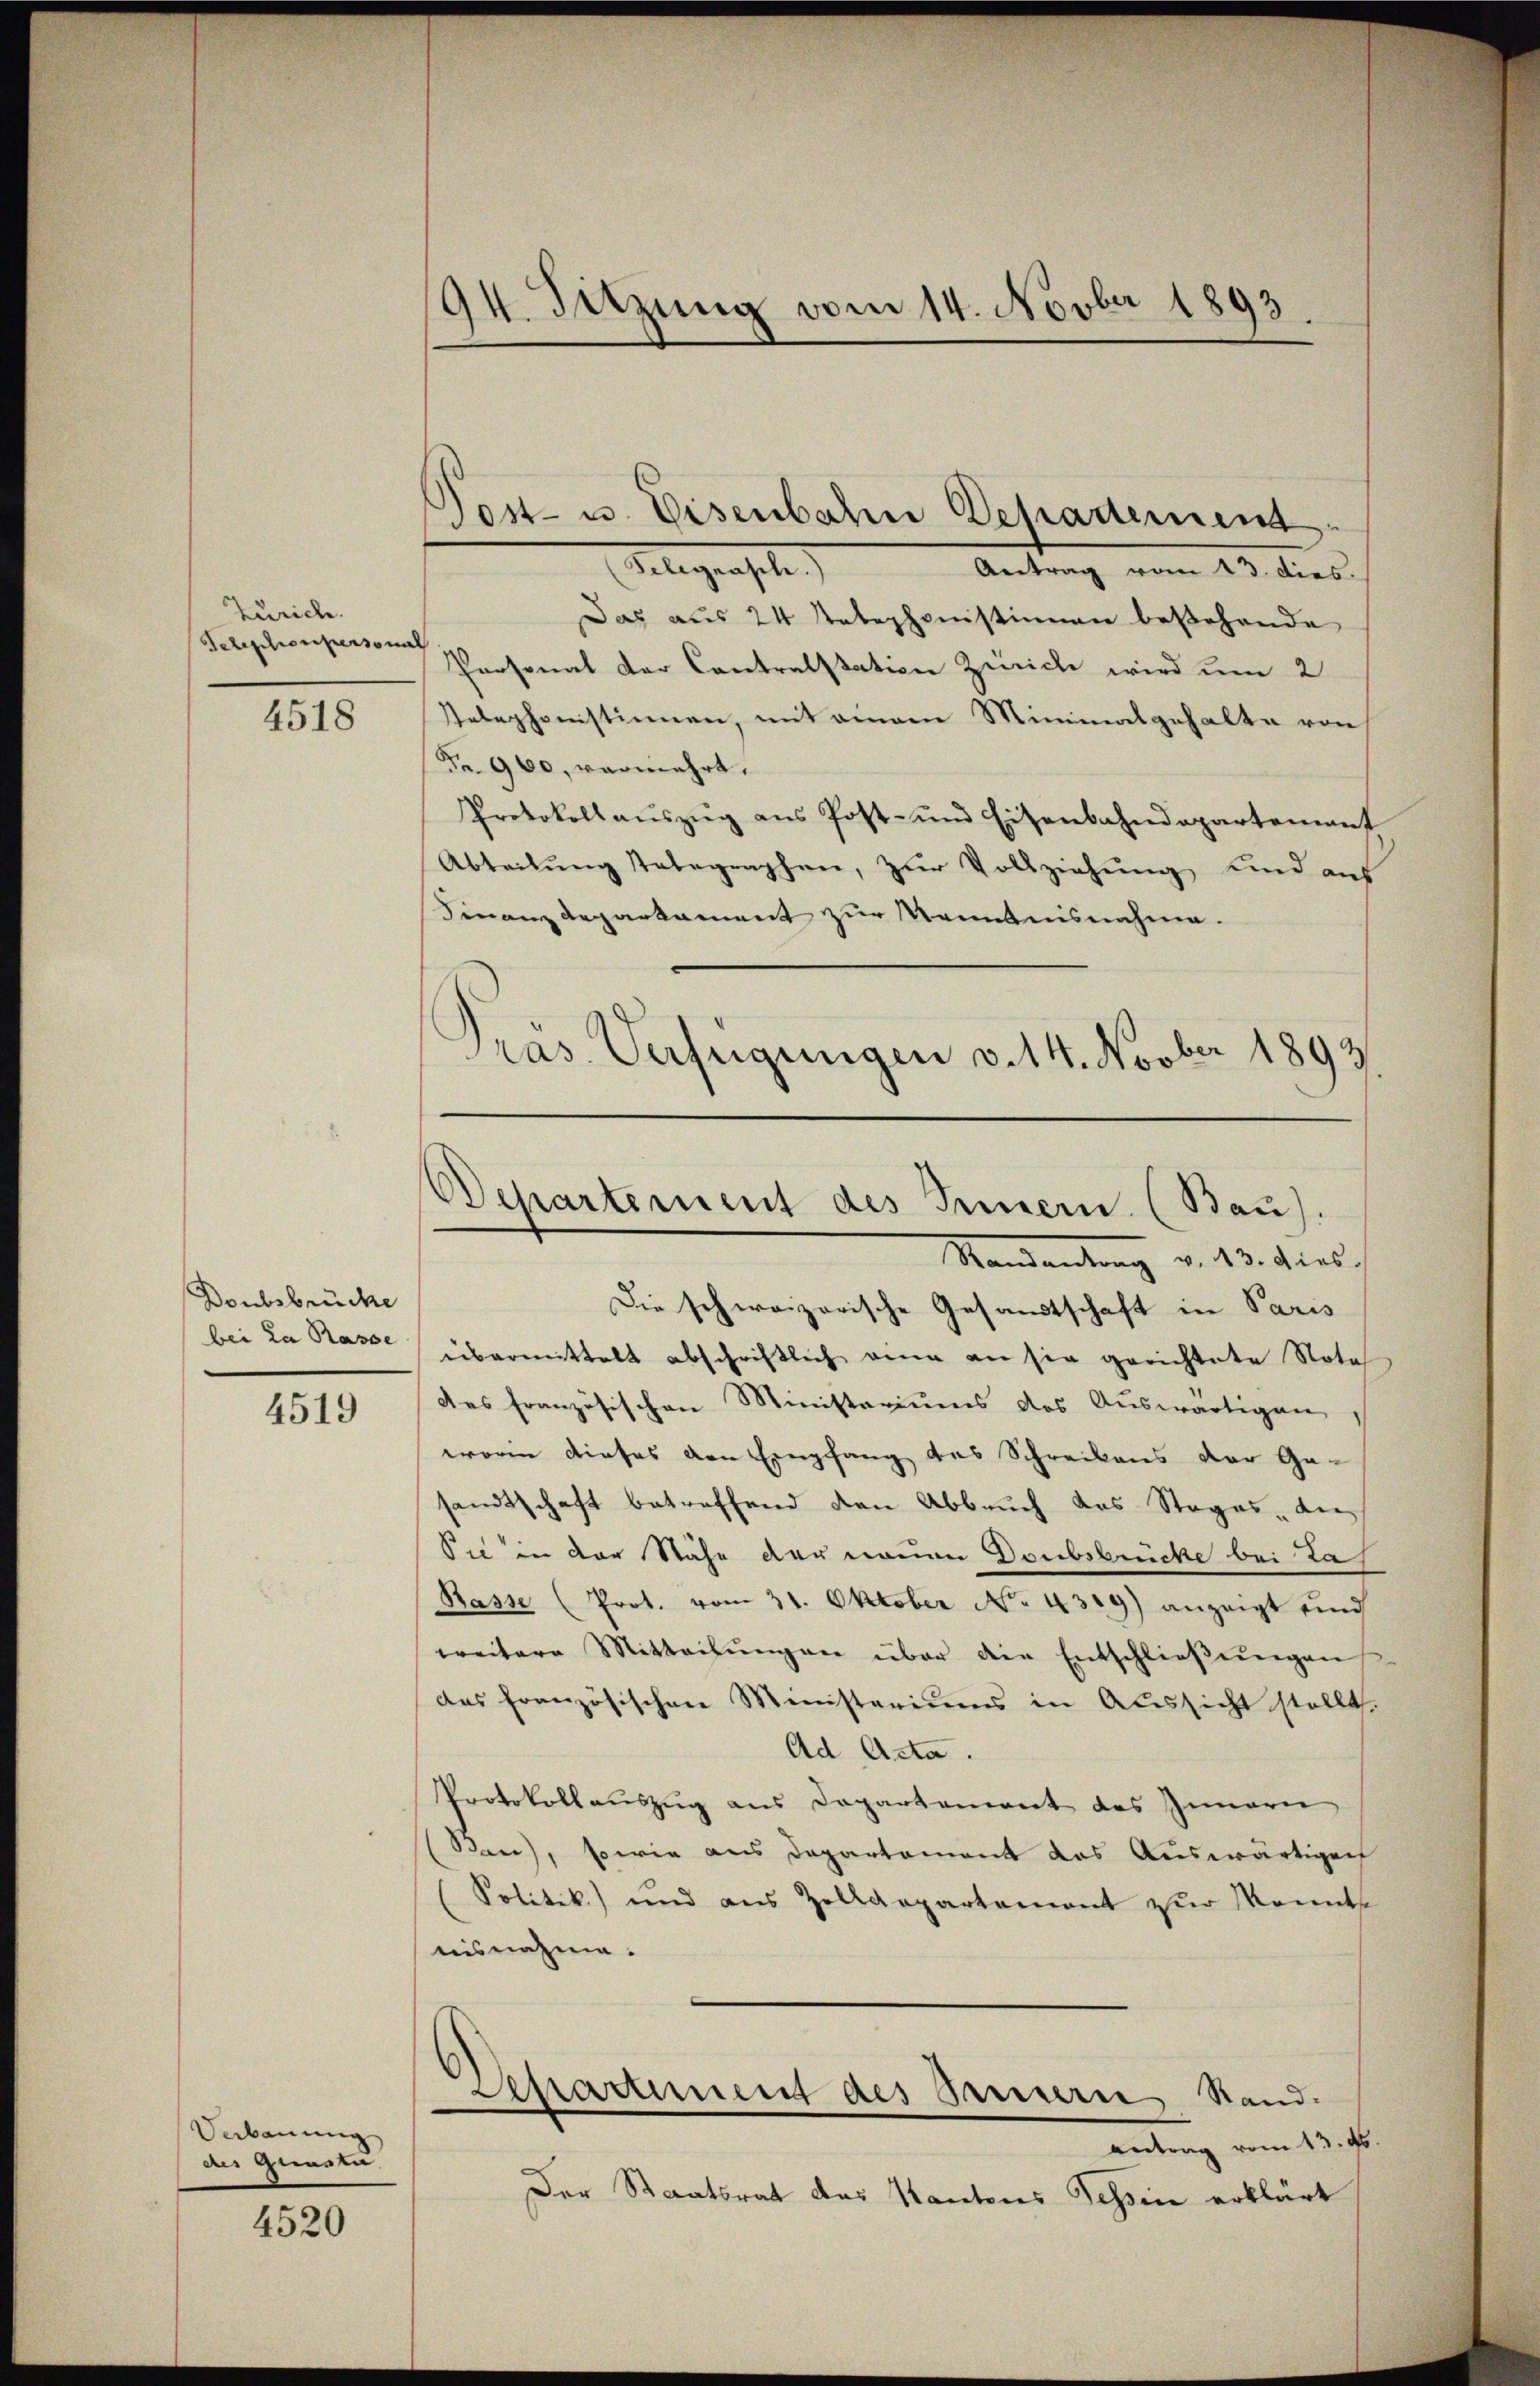
Zürich.
Tebeschenpersonn

4518

Donbsbrüche
bei za Rasse

4519

Verbauung
des Quasta.

4520

94. Sitzung vom 14. Novber 1893.

Post- u. Eisenbahn Departement

Flegenste
Antrag vom 13. dies.
Das aus 24 Telephonistinnen bestehende
Personat der Contralstation Zürich wird um 2
Telephonistinnen, mit einem Minimalgehalte von
Fr. 900, vermehrt.
Protokollaŭszŭg ans Post- und Eisenbahndepartement
Abteilŭng stategraphen, zur Vollziehung, und aus
Finanz Repartament zur Kenntnisnahme.
Präs. Verfügungen v. 14. Novber 1893.

Departement des Innern. (Bau).
Mandandung v. 13. dies

Die schweizerische Gesandtschaft in Paris
übermittelt abschriftlich eine an sie gerichtete Nota
des französischen Ministeriums des Auswärtigen
worin dieses den Empfang des Schreibens der Ge-
sandtschaft betreffend den Abbruch des Steges, di
Sie in der Stähe der neuen Doubsbrücke bei Las
Rasse (Prot. vom 31. Oktober No. 4319) anzeigt und
weitere Mitteilŭngen über der Entschlieβŭngen
des französischen Ministeriums in Aussicht stellt.
Ad Acta.
Protokollaŭszŭg ans Departement des Innern
Ban), sowie aus Departement das Auswärtigen
Politik und aus Zolldepartement zur Monnte
nisnahme.
Departement des Sauern Stand.
antrag vom 13. ds.
Der Staatsrat das Kantons Tessin erklärt